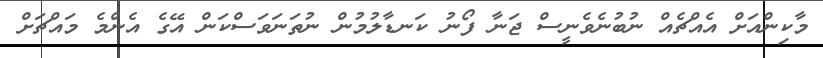
މާކިންއަށް އެއްޗެއް ނުބުނެވެނީސް ޖަނާ ފޯނު ކަނޑާލުމުން ނުތަނަވަސްކަން އޭގެ އެންމެ މައްޗަށް